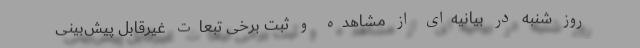
روز شنبه در بیانیه‌ای از مشاهده و ثبت برخی تبعات غیرقابل پیش‌بینی